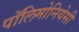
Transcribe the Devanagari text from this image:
पॉलिमोनियेसी